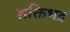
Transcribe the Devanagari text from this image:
शक्तिभद्र